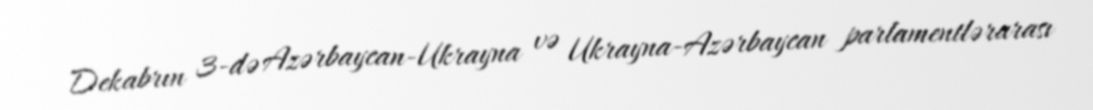
Dekabrın 3-də Azərbaycan-Ukrayna və Ukrayna-Azərbaycan parlamentlərarası